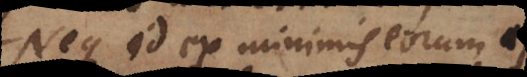
Neque id ex minimis eorum